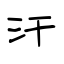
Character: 汗